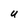
Character: U